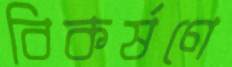
বিকর্ষণে